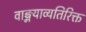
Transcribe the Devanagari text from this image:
वाङ्मयाव्यतिरिक्त